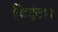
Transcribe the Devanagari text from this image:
निरद्वंद।।